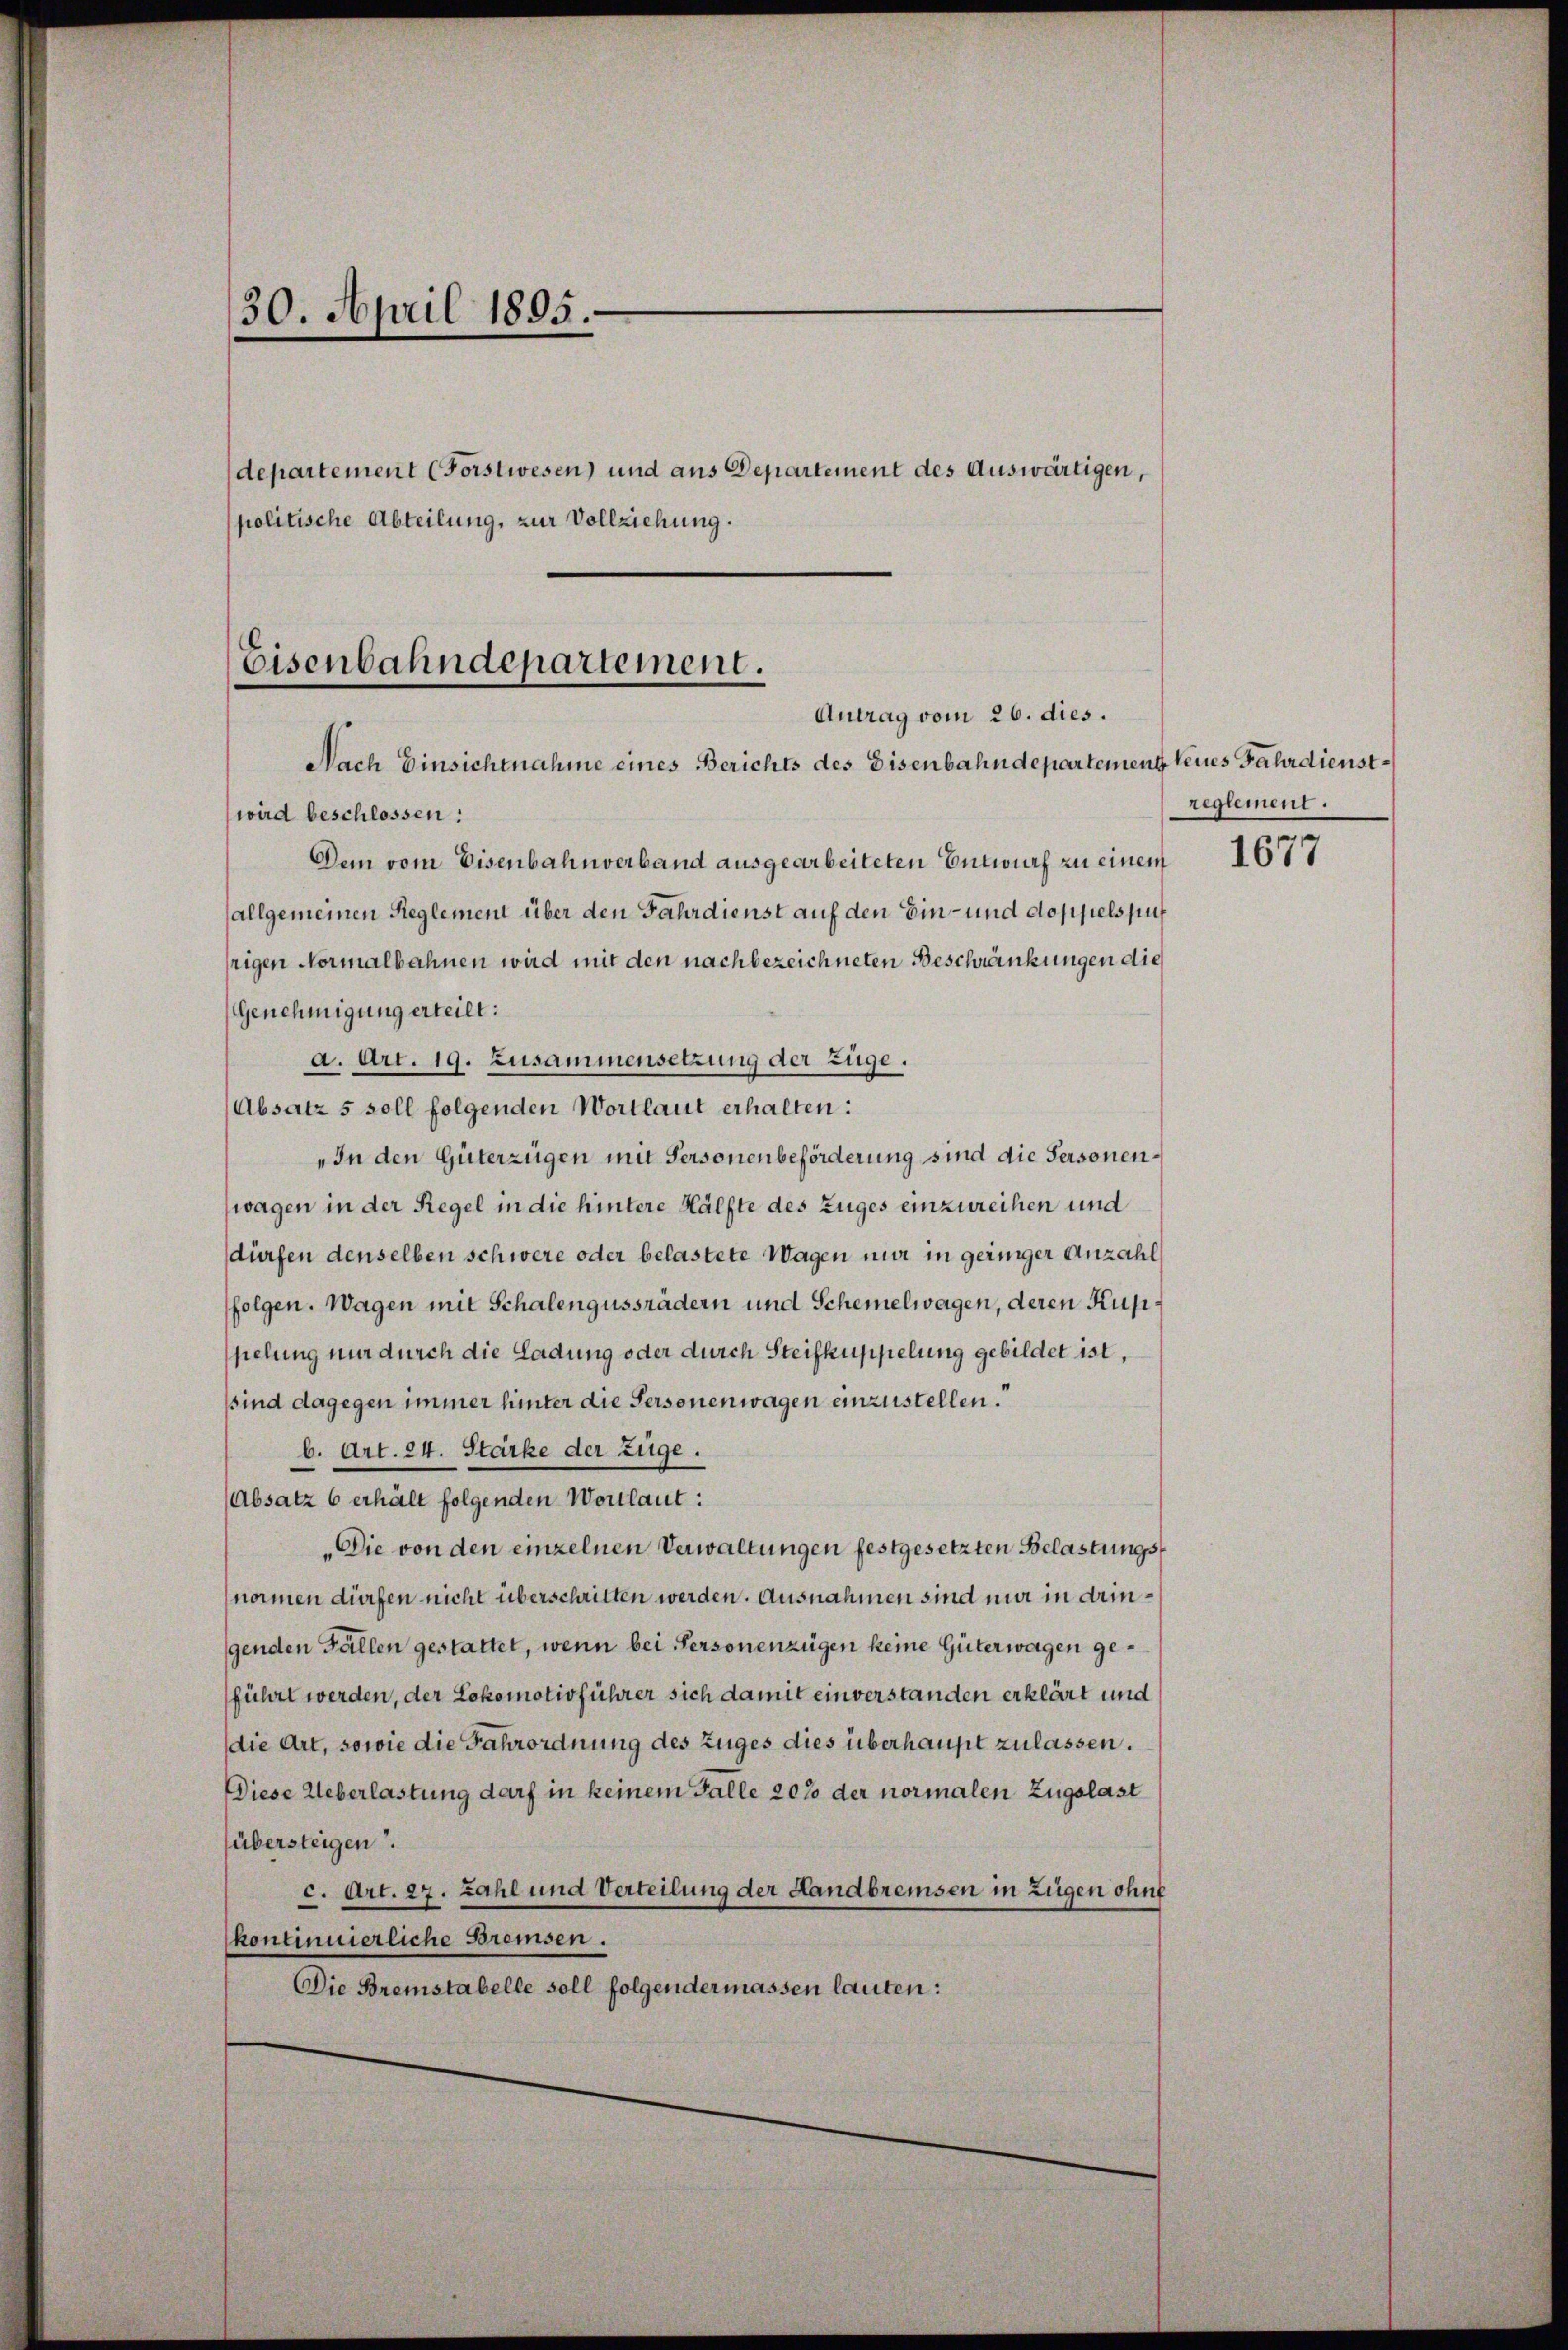
30. April 1895.
departement (Forstwesen) und aus Departement des Auswärtigen,
politische Abteilung, zur Vollziehung.

Eisenbahndepartement.
Antrag vom 26. dies.
Nach Einsichtnahme eines Berichts des Eisenbahndepartement keines Fahrdienst¬

wird beschlossen:
Dem vom Eisenbahnverband ausgearbeiteten Entwurf zu einem
allgemeinen Reglement über den Fahrdienst auf den Ein- und doppelspusrigen Normalbahnen wird mit den nachbezeichneten Beschränkungen die
Genehmigung erteilt:
a. Art. 19. Zusammensetzung der Züge.
Absatz 5 soll folgenden Wortlaut erhalten:
„In den Güterzügen mit Personenbeförderung sind die Personenwagen in der Regel in die hintere Hälfte des Zuges einzureihen und
dürfen denselben schwere oder belastete Wagen nur in geiniger Anzahl
folgen. Wagen mit Schalengussrädern und Schemelwagen, deren Kupspielung nur durch die Ladung oder durch Steifkuppelung gebildet ist,
ssind dagegen immer hinter die Personenwagen einzustellen.
b. Art. 24. Stärke der Züge.
(Absatz 6 erhält folgenden Wortlaut:
„Die von den einzelnen Verwaltungen festgesetzten Belastungsnomen dürfen nicht überschritten werden. Ausnahmen sind nur in dringenden Fällen gestattet, wenn bei Personenzügen keine Güterwagen geführt werden, der Lokomotivführer sich damit einverstanden erklärt und
die Art, sowie die Fahrordnung des Zuges dies überhaupt zulassen.
Diese Ueberlastung darf in keinem Falle 20% der normalen Zugslast
(übersteigen.
c. Art. 27. Zahl und Verteilung der Landbremsen in Zügen ohne
kontinuierliche Bremsen.
Die Bremstabelle soll folgendermassen lauten:

reglement.

1677